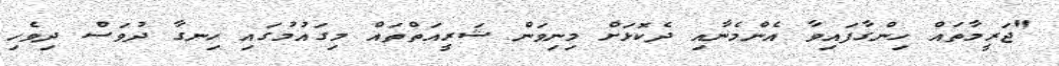
"ޖަރީމާތައް ހިންގާފައިވާ އެންމެނާއި ދެކޮޅަށް މިނިވަން ޝަރީއަތްތައް މިގައުމުގައި ހިނގާ ދުވަސް ދިވެހި